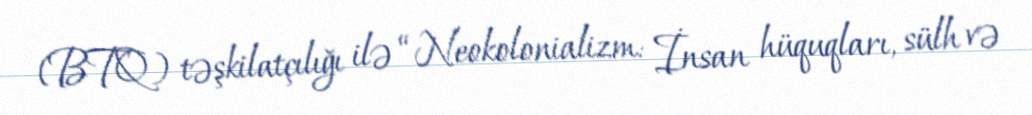
(BTQ) təşkilatçılığı ilə “Neokolonializm: İnsan hüquqları, sülh və